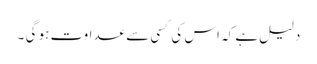
دلیل ہے کہ اس کی کسی سے عداوت ہو گی ۔